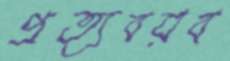
প্রত্যবয়ব